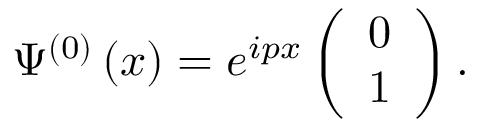
\Psi ^ { \left( 0 \right) } \left( x \right) = e ^ { i p x } \left( \begin{array} { c } { { 0 } } \\ { { 1 } } \end{array} \right) .